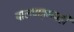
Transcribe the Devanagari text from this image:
बालवाङ्‌मयही